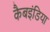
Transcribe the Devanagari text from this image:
कैबइंडिया